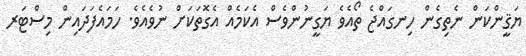
ޔަޤީންކަން ނެތިގެން ހިނގައްޖެ ތޯއެވެ ޔަގީނުންވެސް އެކަމެއް އެގޮތަކަށް ނުވެއެވެ. ހަމައެފަދައިން މިސްޓަރ